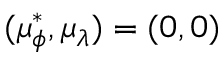
( \mu _ { \phi } ^ { * } , \mu _ { \lambda } ) = ( 0 , 0 )